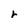
Character: r